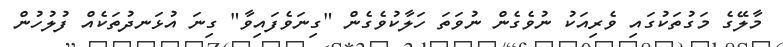
މާލޭގެ މަގުތަކުގައި ވެރިއަކު ނުވެގެން ނުވަތަ ހަލާކުވެގެން "ގިނަވެފައިވާ" ގިނަ އުޅަނދުތަކެއް ފުލުހުން